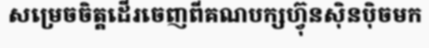
សម្រេចចិត្តដើរចេញពីគណបក្សហ្វ៊ុនស៊ិនប៉ិចមក